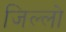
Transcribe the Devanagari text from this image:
जिल्लो